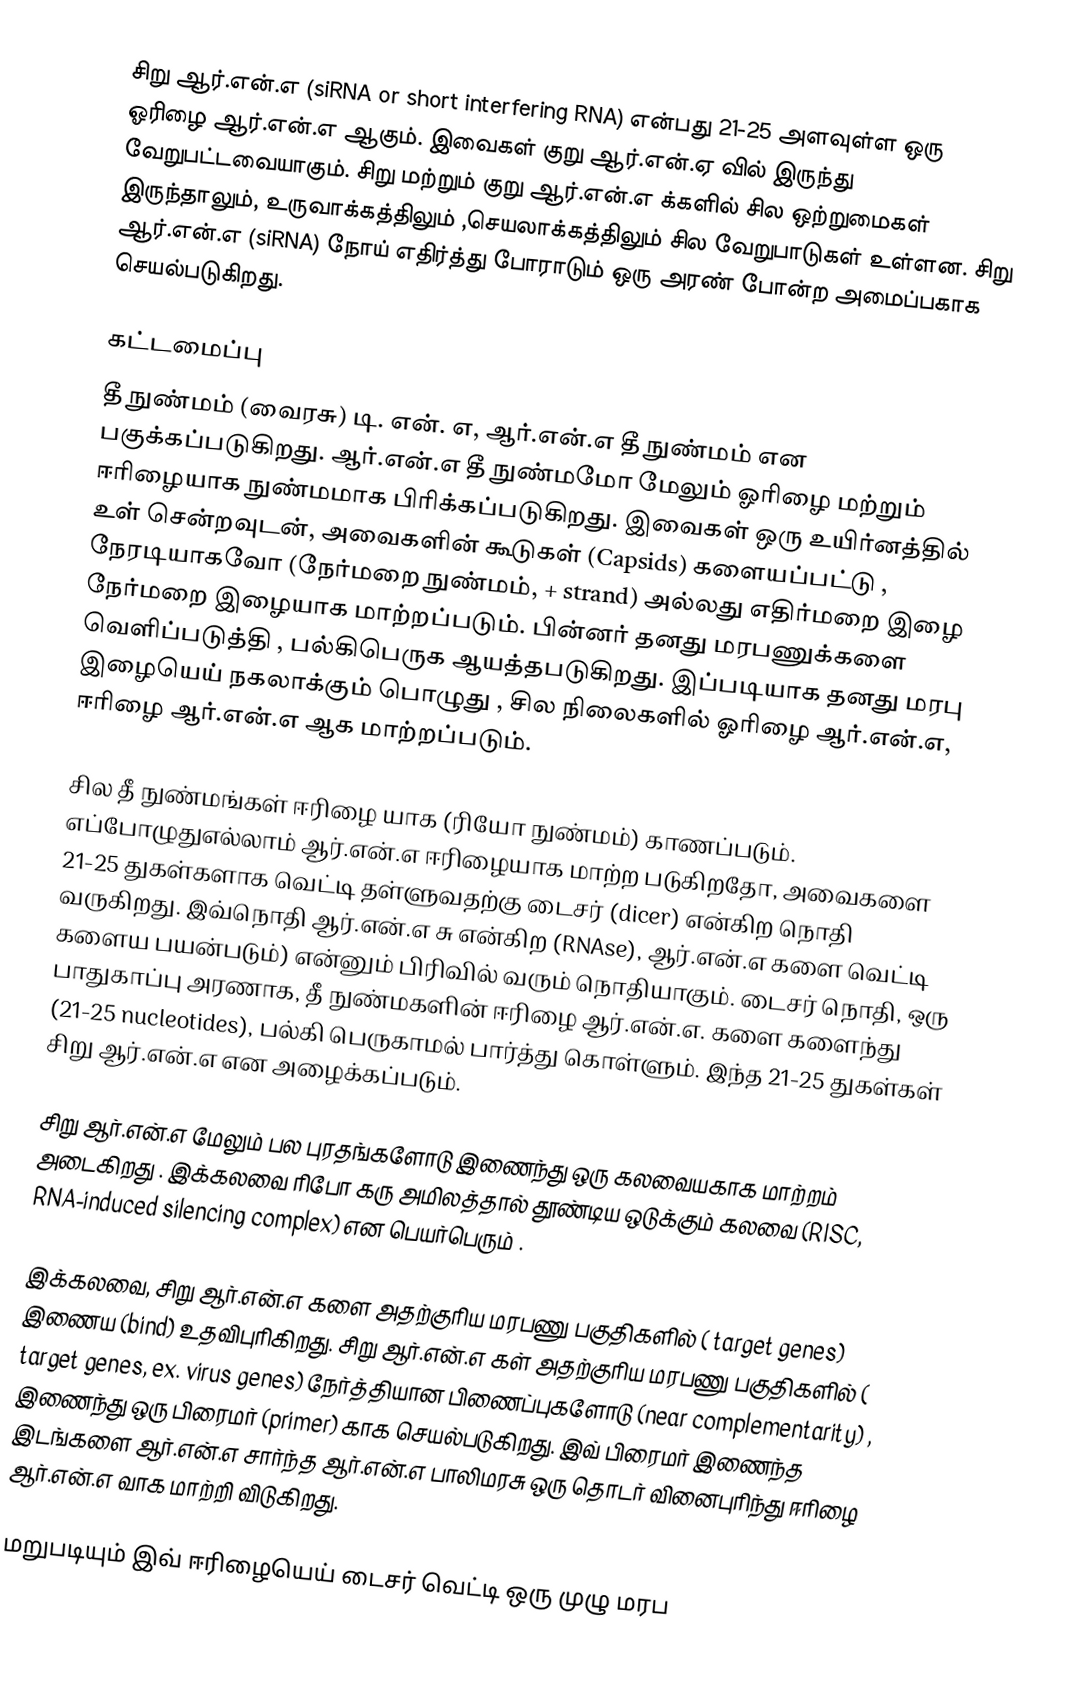
சிறு ஆர்.என்.எ (siRNA or short interfering RNA) என்பது 21-25 அளவுள்ள ஒரு ஓரிழை ஆர்.என்.எ ஆகும். இவைகள் குறு ஆர்.என்.ஏ வில் இருந்து வேறுபட்டவையாகும். சிறு மற்றும் குறு ஆர்.என்.எ க்களில் சில ஒற்றுமைகள் இருந்தாலும், உருவாக்கத்திலும் ,செயலாக்கத்திலும் சில வேறுபாடுகள் உள்ளன. சிறு ஆர்.என்.எ (siRNA)   நோய்  எதிர்த்து போராடும் ஒரு அரண் போன்ற அமைப்பகாக செயல்படுகிறது.

கட்டமைப்பு
தீ நுண்மம் (வைரசு) டி. என். எ, ஆர்.என்.எ தீ நுண்மம் என பகுக்கப்படுகிறது. ஆர்.என்.எ தீ நுண்மமோ மேலும் ஓரிழை மற்றும் ஈரிழையாக நுண்மமாக பிரிக்கப்படுகிறது. இவைகள் ஒரு உயிர்னத்தில் உள் சென்றவுடன், அவைகளின் கூடுகள் (Capsids) களையப்பட்டு , நேரடியாகவோ (நேர்மறை நுண்மம், + strand) அல்லது எதிர்மறை இழை நேர்மறை இழையாக மாற்றப்படும். பின்னர் தனது மரபணுக்களை வெளிப்படுத்தி , பல்கிபெருக  ஆயத்தபடுகிறது. இப்படியாக தனது மரபு இழையெய் நகலாக்கும் பொழுது  , சில நிலைகளில் ஓரிழை ஆர்.என்.எ,  ஈரிழை ஆர்.என்.எ ஆக மாற்றப்படும்.

சில தீ நுண்மங்கள் ஈரிழை யாக (ரியோ நுண்மம்) காணப்படும். எப்போழுதுஎல்லாம் ஆர்.என்.எ ஈரிழையாக மாற்ற படுகிறதோ, அவைகளை 21-25 துகள்களாக வெட்டி தள்ளுவதற்கு டைசர் (dicer) என்கிற நொதி வருகிறது. இவ்நொதி ஆர்.என்.எ சு என்கிற (RNAse), ஆர்.என்.எ களை வெட்டி களைய பயன்படும்) என்னும் பிரிவில் வரும் நொதியாகும். டைசர் நொதி, ஒரு பாதுகாப்பு அரணாக, தீ நுண்மகளின் ஈரிழை ஆர்.என்.எ. களை களைந்து (21-25 nucleotides), பல்கி பெருகாமல் பார்த்து கொள்ளும். இந்த 21-25 துகள்கள் சிறு ஆர்.என்.எ என அழைக்கப்படும்.

சிறு ஆர்.என்.எ மேலும் பல புரதங்களோடு இணைந்து ஒரு கலவையகாக மாற்றம் அடைகிறது . இக்கலவை ரிபோ கரு அமிலத்தால் தூண்டிய ஒடுக்கும் கலவை (RISC, RNA-induced silencing complex) என பெயர்பெரும் .

இக்கலவை, சிறு ஆர்.என்.எ களை அதற்குரிய மரபணு பகுதிகளில்  ( target  genes)  இணைய (bind)  உதவிபுரிகிறது. சிறு  ஆர்.என்.எ கள்  அதற்குரிய மரபணு பகுதிகளில் ( target genes, ex. virus genes) நேர்த்தியான பிணைப்புகளோடு (near complementarity) , இணைந்து ஒரு பிரைமர் (primer) காக செயல்படுகிறது. இவ் பிரைமர் இணைந்த இடங்களை ஆர்.என்.எ சார்ந்த ஆர்.என்.எ பாலிமரசு ஒரு தொடர் வினைபுரிந்து ஈரிழை ஆர்.என்.எ வாக மாற்றி விடுகிறது.

மறுபடியும் இவ் ஈரிழையெய் டைசர் வெட்டி ஒரு முழு மரப